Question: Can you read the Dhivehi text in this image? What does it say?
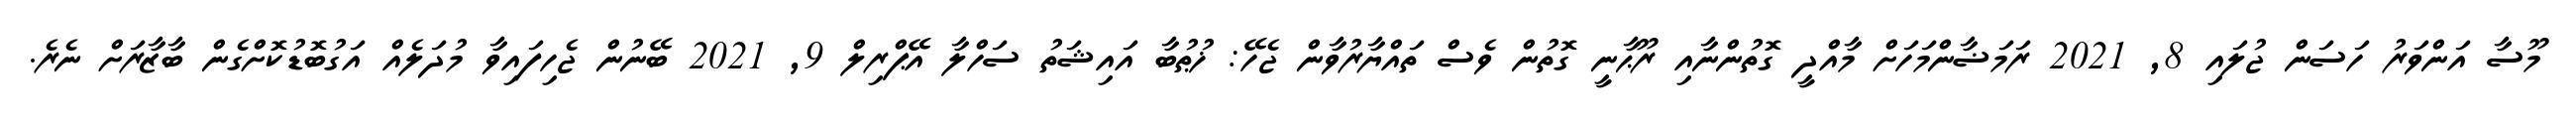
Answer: މޫސާ އަންވަރު ހަސަން ޖުލައި 8, 2021 ރަމަޟާންމަހަށް މާއްދީ ގޮތުންނާއި ރޫޙާނީ ގޮތުން ވެސް ތައްޔާރުވާން ޖެހޭ: ޚުޠުބާ އައިޝަތު ސަހްލާ އޭޕްރިލް 9, 2021 ބޭނުން ޖެހިފައިވާ މުދަލެއް އަގުބޮޑުކޮށްގެން ބާޒާރަށް ނެރެ.